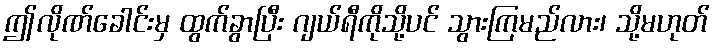
ဤလိုဏ်ခေါင်းမှ ထွက်ခွာပြီး ဂျယ်ရီကိုသို့ပင် သွားကြမည်လား၊ သို့မဟုတ်